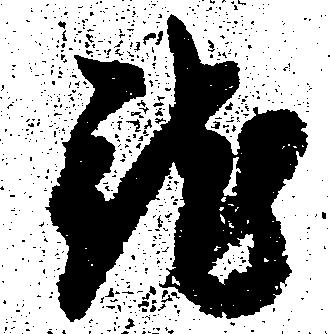
就